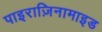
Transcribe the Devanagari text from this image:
पाइराज़िनामाइड